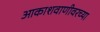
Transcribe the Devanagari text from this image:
आकाशवाणीवरच्‍या